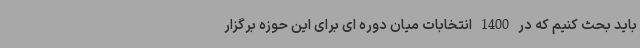
باید بحث کنیم که در 1400 انتخابات میان دوره ای برای این حوزه برگزار